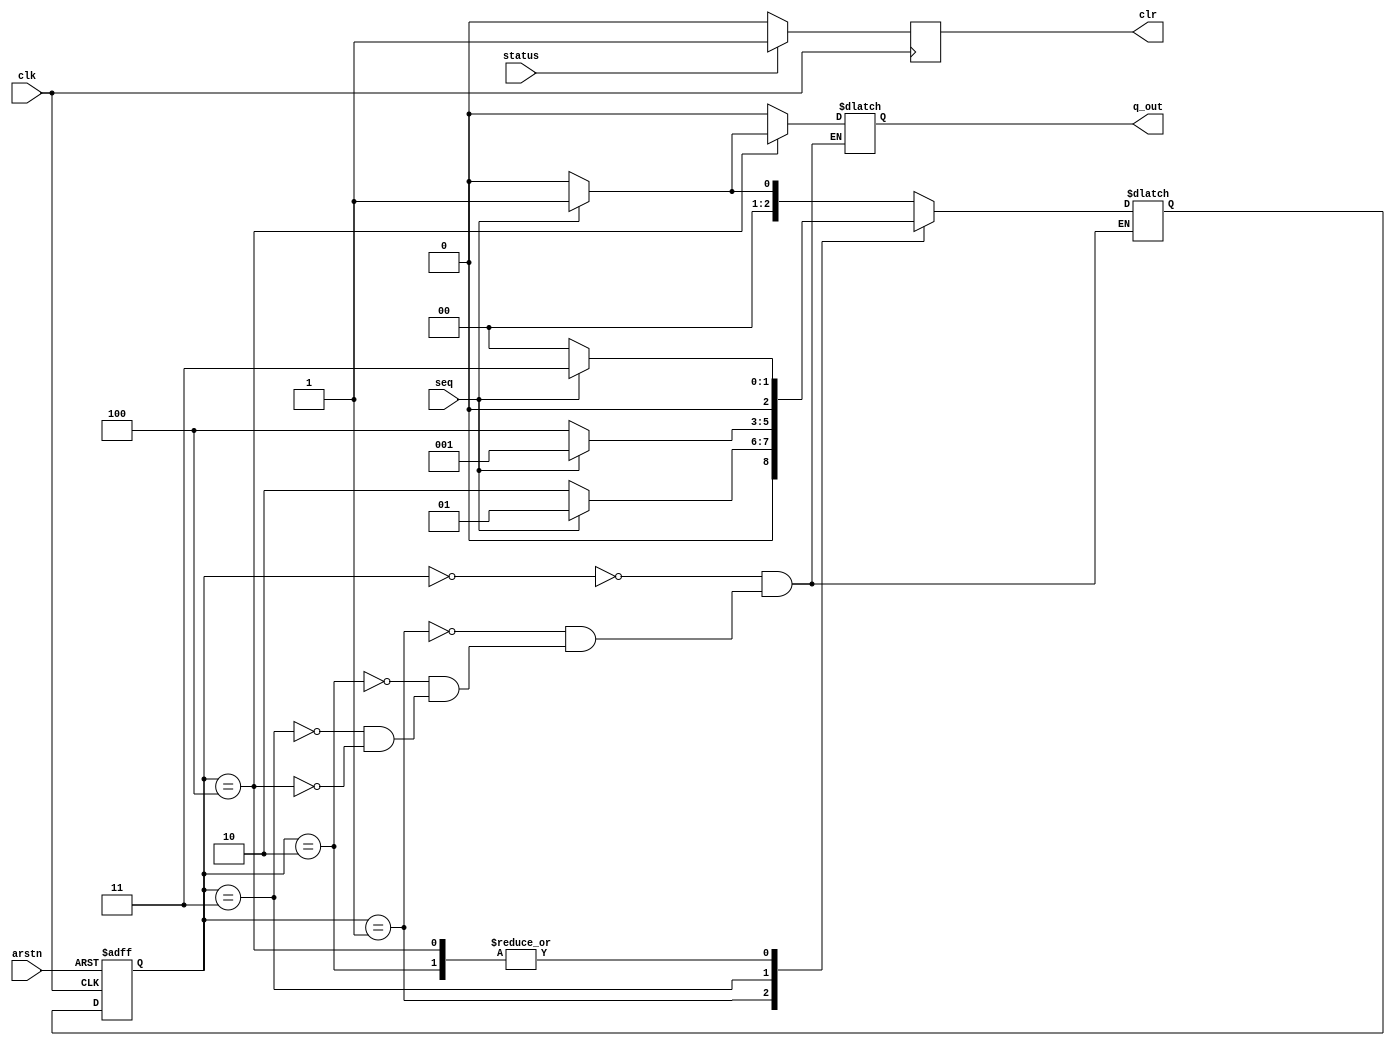
`timescale 1ns / 1ps


module fsm_10101_overlapping(clk,arstn,seq,status,q_out,clr);
input clk,arstn,seq;
input status;
reg [2:0]c_s,n_s;
output reg q_out;
output reg clr;

//datapath(.A(A),.B(B),.en(out),.done(status),.clr(clr),.D_out(D_out));
parameter s0=3'b000,
          s1=3'b001,
          s2=3'b010,
          s3=3'b011,
          s4=3'b100;
          
//state transition
always @(posedge clk or negedge arstn)
begin
if(!arstn)
c_s<=s0;
else
c_s<=n_s;
end

//next state logic
always @(*)
begin
case(c_s)
s0:if(seq==1)
   n_s=s1;
   else
   n_s=s0;
s1:if(seq==1)
   n_s=s1;
   else
   n_s=s2;
s2:if(seq==1)
   n_s=s3;
   else
   n_s=s0;
s3:if(seq==1)
   n_s=s1;
   else
   n_s=s4;
s4:if(seq==1)
   n_s=s3;
   else
   n_s=s0;
endcase
end

//output logic 
always @(*)
begin
case(c_s)
s0://if(seq==1)
     q_out=0;
s1://if(seq==1)
     q_out=0;
s2://if(seq==0)
     q_out=0;
s3://if(seq==1)
     q_out=0;
s4:if(seq==1)
     q_out=1;
    else
    q_out=0;
endcase
end
always @(posedge clk)begin
if(status==1)begin
clr<=1;
end
else begin
clr<=0;
end
end
endmodule